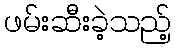
ဖမ်းဆီးခဲ့သည့်